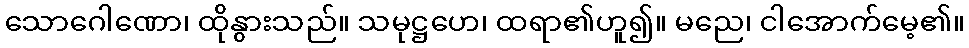
သောဂေါဏော၊ ထိုနွားသည်။ သမုဋ္ဌဟေ၊ ထရာ၏ဟူ၍။ မညေ၊ ငါအောက်မေ့၏။